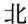
北